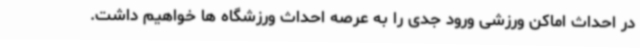
در احداث اماکن ورزشی ورود جدی را به عرصه احداث ورزشگاه ها خواهیم داشت.